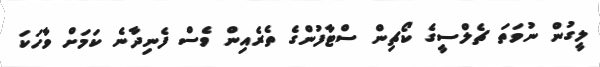
ލީގުން ނުވަތަ ޗެލްސީގެ ކޯޗިން ސްޓާފުންގެ ތެރެއިން ވެސް ފެނިދާނެ ކަމަށް ވާހަކަ